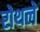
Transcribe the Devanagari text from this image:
रोथले